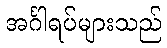
အင်္ဂါရပ်များသည်